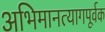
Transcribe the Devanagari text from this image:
अभिमानत्यागपूर्वक